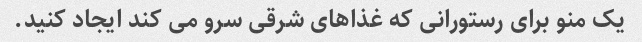
یک منو برای رستورانی که غذاهای شرقی سرو می کند ایجاد کنید.